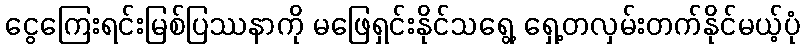
ငွေကြေးရင်းမြစ်ပြဿနာကို မဖြေရှင်းနိုင်သရွေ့ ရှေ့တလှမ်းတက်နိုင်မယ့်ပုံ